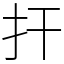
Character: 扞